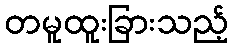
တမူထူးခြားသည့်